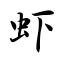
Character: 虾